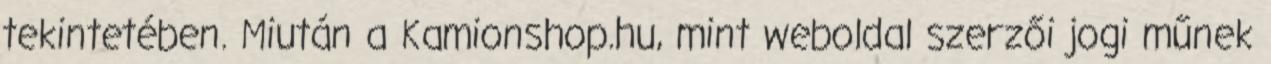
tekintetében. Miután a Kamionshop.hu, mint weboldal szerzői jogi műnek